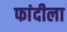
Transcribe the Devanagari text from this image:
फांदीला